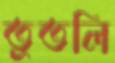
তুতলি